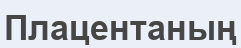
Плацентаның